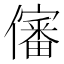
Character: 𰃀